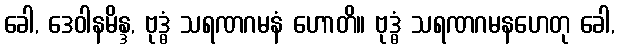
ခေါ, ဒေဝါနမိန္ဒ, ဗုဒ္ဓံ သရဏဂမနံ ဟောတိ။ ဗုဒ္ဓံ သရဏဂမနဟေတု ခေါ,